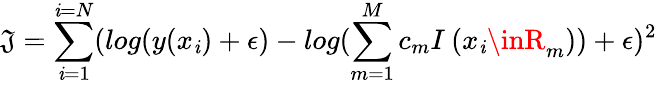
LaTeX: \mathfrak{J}=\sum_{\mathit{i}=1}^{\mathit{i}=N}(log(y(x_{\mathit{i}})+\epsilon)-log(\sum_{m=1}^{M}c_{m}I\: (x_{\mathit{i}}\inR_{m}))+\epsilon)^{2}